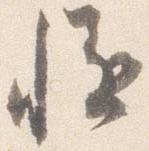
慥